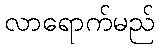
လာရောက်မည်